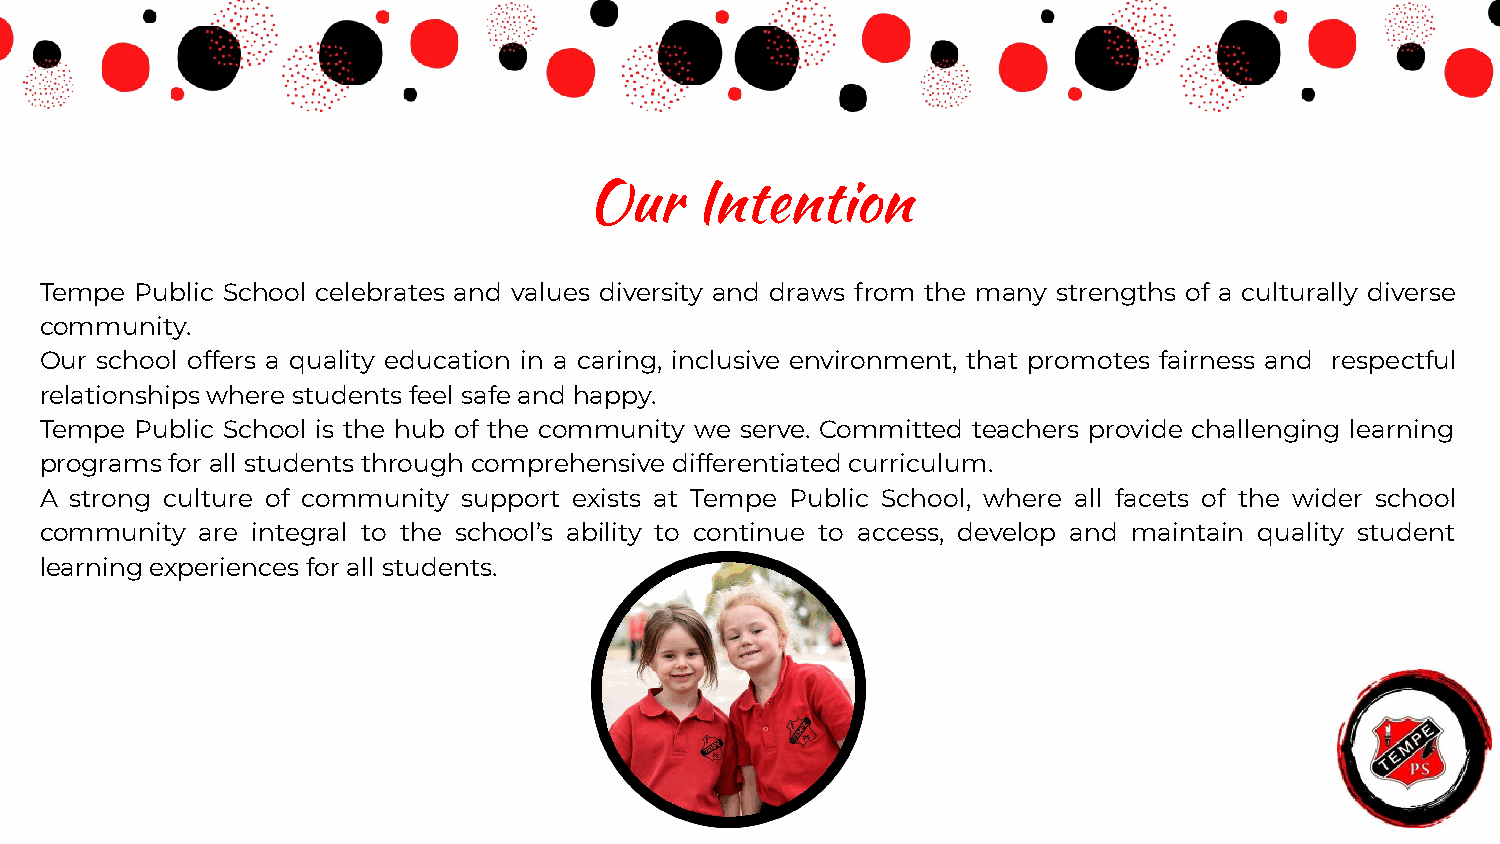
Our    Intention
 Tempe Public School celebrates and values diversity and draws from the many strengths of a culturally diverse
 community.
 Our school offers a quality education in a caring, inclusive environment, that promotes fairness and respectful
 relationships where students feel safe and happy.
 Tempe Public School is the hub of the community we serve. Committed teachers provide challenging learning
 programs for all students through comprehensive differentiated curriculum.
 A strong culture of community support exists at Tempe Public School, where all facets of the wider school
 community are integral to the school’s ability to continue to access, develop and maintain quality student
 learning experiences for all students.